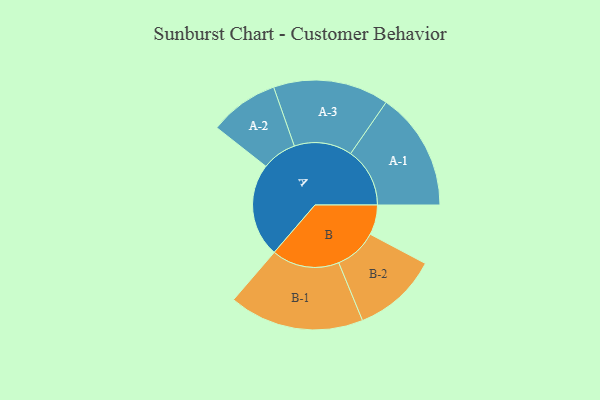
{"axis": {"x": "Segment", "y": "Value"}, "legend": ["", "A", "B"], "data": [{"x": "A", "y": 348, "type": ""}, {"x": "B", "y": 111, "type": ""}, {"x": "A-1", "y": 220, "type": "A"}, {"x": "A-2", "y": 129, "type": "A"}, {"x": "A-3", "y": 215, "type": "A"}, {"x": "B-1", "y": 251, "type": "B"}, {"x": "B-2", "y": 158, "type": "B"}]}